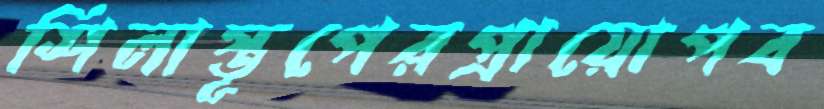
শিলাস্তূপেরপ্রায়োপব